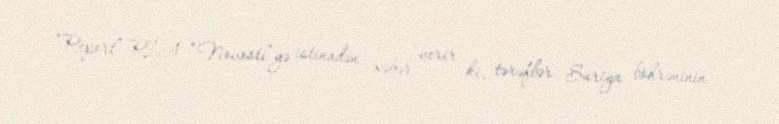
“Report” RİA “Novosti”yə istinadən xəbər verir ki, tərəflər Suriya böhrəninin